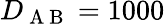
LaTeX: D_{\mathrm{~A~B~}}=1000